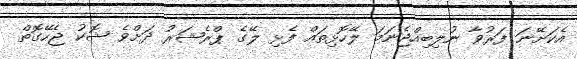
އެކަށޭނަ ފަރުވާ ނުލިބިއްޖެނަމަ ލޭހޮޅިތައް ފެޅި ލޭގެ ޕްރެޝަރު ދަށްވެ ޝޮކު ޖެހޭގޮތް